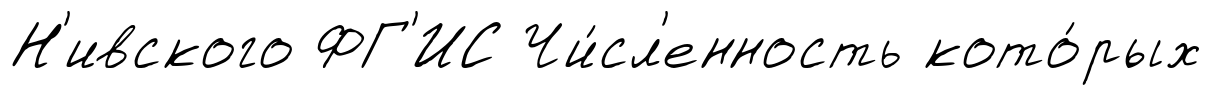
Н'ивского ФГ'ИС Чи́сл'енность кото́рых